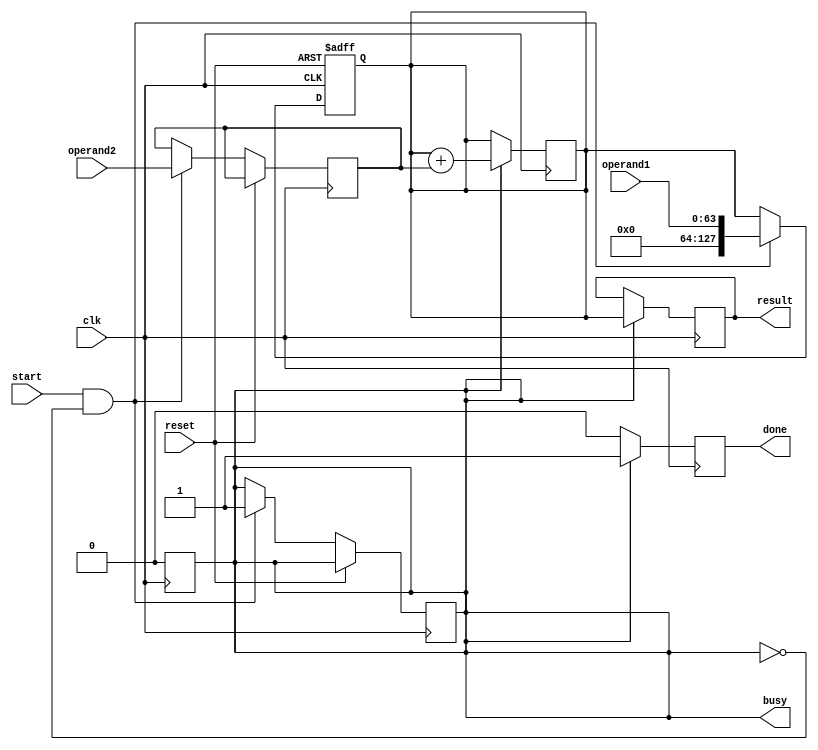
module extended_precision_fpu (
    input wire clk,
    input wire reset,
    
    // Input operands
    input wire [63:0] operand1,
    input wire [63:0] operand2,
    
    // Output result
    output reg [127:0] result,
    
    // Control signals
    input wire start,
    output reg busy,
    output reg done
);

// Internal registers
reg [127:0] acc;
reg [63:0] intermediate_result;

// Arithmetic blocks
always @(posedge clk or posedge reset) begin
    if (reset) begin
        acc <= 128'b0;
    end else if (start && !busy) begin
        acc <= {64'b0, operand1};
        intermediate_result <= operand2;
        busy <= 1'b1;
    end
end

always @(posedge clk) begin
    if (busy) begin
        // Perform arithmetic operations
        // (Addition, subtraction, multiplication, division, etc.)
        // Update result and done signal

        // Example: Addition operation
        acc <= acc + intermediate_result;

        result <= acc;
        done <= 1'b1;
        busy <= 0;
    end else begin
        done <= 1'b0;
    end
end

endmodule